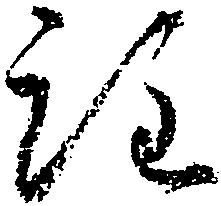
注